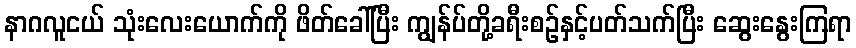
နာဂလူငယ် သုံးလေးယောက်ကို ဖိတ်ခေါ်ပြီး ကျွန်ပ်တို့ခရီးစဉ်နှင့်ပတ်သက်ပြီး ဆွေးနွေးကြရာ